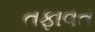
તફાવત